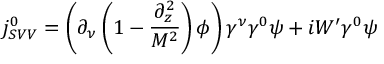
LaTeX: j _ { S V V } ^ { 0 } = \left( \partial _ { \nu } \left( 1 - \frac { \partial _ { z } ^ { 2 } } { M ^ { 2 } } \right) \phi \right) \gamma ^ { \nu } \gamma ^ { 0 } \psi + i W ^ { \prime } \gamma ^ { 0 } \psi